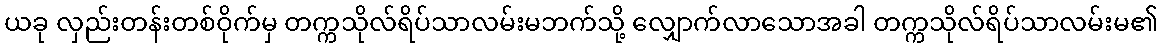
ယခု လှည်းတန်းတစ်ဝိုက်မှ တက္ကသိုလ်ရိပ်သာလမ်းမဘက်သို့ လျှောက်လာသောအခါ တက္ကသိုလ်ရိပ်သာလမ်းမ၏